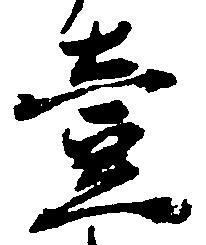
壱